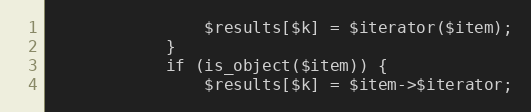
Language: PHP
                $results[$k] = $iterator($item);
            }
            if (is_object($item)) {
                $results[$k] = $item->$iterator;